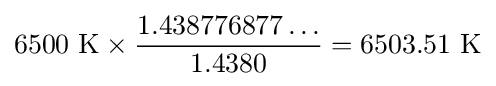
6500\ {\text{K}}\times {\frac {1.438776877\dots }{1.4380}}=6503.51\ {\text{K}}